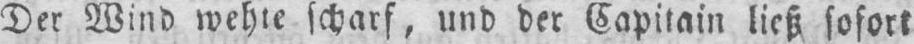
Der Wind wehte scharf, und der Capitain ließ sofort